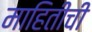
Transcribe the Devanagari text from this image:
माहितींची